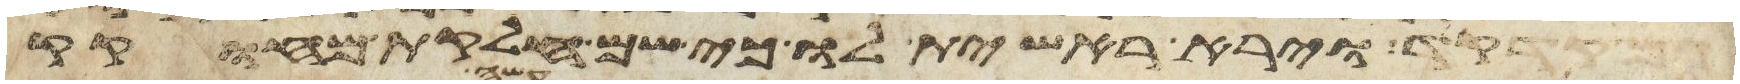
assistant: גם קדקד וירא ראשית לו כי שם חלקת מחוקק